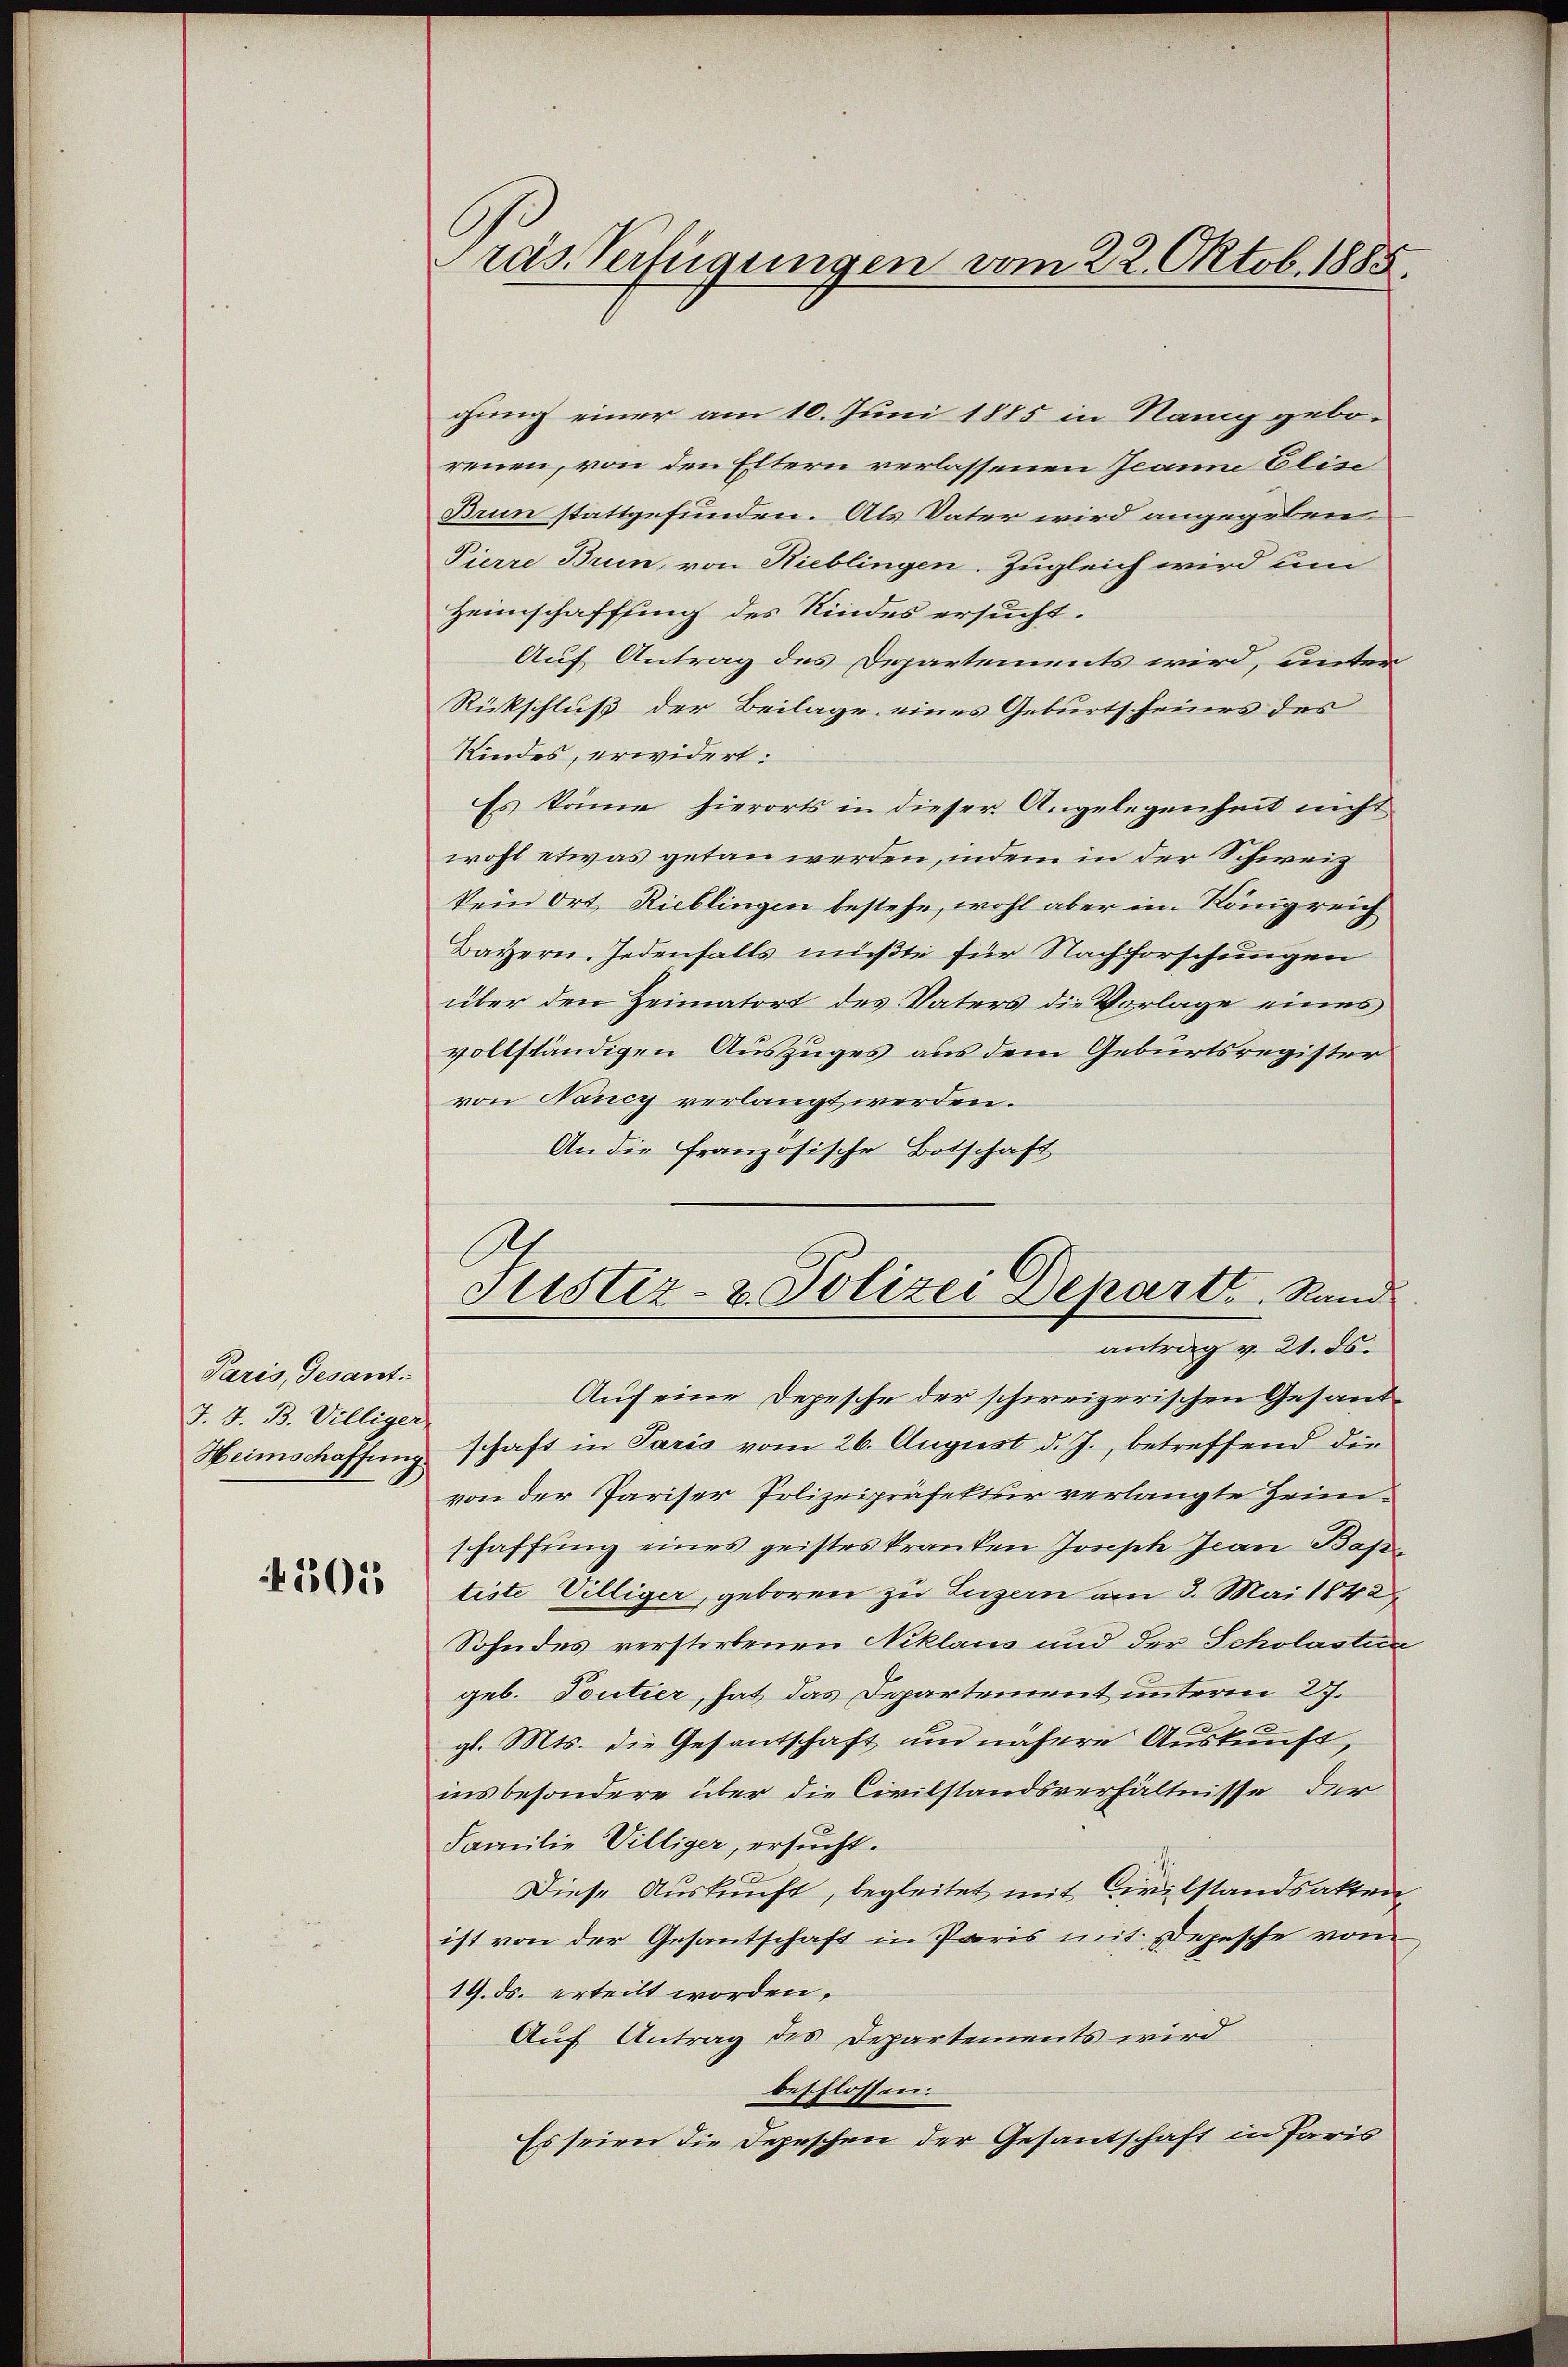
Paris, Gesant.
J. J. B. Villiger
Heimschaffung

5015

ras Verfügungen vom 22. Oktob. 1885.

Justiz- & Polizei Depart Rand
antrag v. 21. ds.

gung einer am 10. Juni 1885 in Nang geborenen, von den Eltern verlassenen Jeanne Elise
Brun stattgefunden. Als Vater wird angegeben
Pierre Brun, von Hieblingen. Zugleich wird um
Heimschaffung des Kindes ersucht.
Auf Antrag des Departements wird, unter
Rückschluß der Beilage eines Geburtscheines des
Kindes, erwidert:
Es könne hierorts in dieser Angelegenheit nicht
wohl etwas getan werden, indem in der Schweiz
kein Ort Rieblingen bestehe, wohl aber im Königreich
Bayern. Jedenfalls müßte für Nachforschungen
über den Heimatort des Vaters die Vorlage eines
vollständigen Auszuges aus dem Geburtsregister
von Nancy verlangt werden.
An die französische Botschaft
Auf eine Depesche der schweizerischen Gesandschaft in Paris vom 26. August d. J., betreffend die
von der Pariser Polizeipräfektur verlangte Heimschaffung eines geisteskranken Joseph Jean Bas
tiste Villiger, geboren zu Luzern am 3. Mai 1842
Sohn des verstorbenen Niklaus und der Scholastica
geb. Toutier, hat das Departement unterm 27.
gl. Mts. die Gesantschaft um nähere Auskunft,
insbesondere über die Civilstandsverhältnisse der
Familie Villiger, ersucht.
Diese Auskunft, begleitet mit Civilstandsakten,
ist von der Gesantschaft in Paris mit Depesche vom
19. ds. erteilt worden,
Auf Antrag des Departements wird
beschlossen.
Es seien die Depeschen der Gesantschaft in Paris